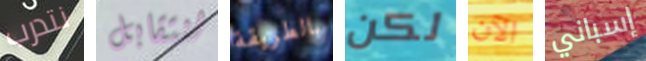
نتدرب لنتقابل بالطريقة لكن الآن إسباني